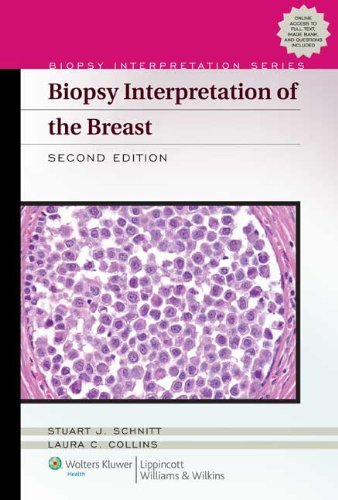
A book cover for Biopsy Interpretation of the Breast (Biopsy Interpretation Series); Stuart J Schnitt; Health, Fitness & Dieting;